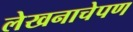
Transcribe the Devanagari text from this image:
लेखनाचेपण